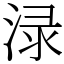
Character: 渌